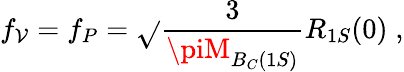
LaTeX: f_{\mathcal{V}}=f_{P}=\sqrt{}{{\frac{{3}}{{\piM_{B_{C}(1S)}}}}}R_{1S}(0)\; ,